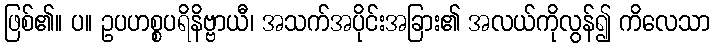
ဖြစ်၏။ ပ။ ဥပဟစ္စပရိနိဗ္ဗာယီ၊ အသက်အပိုင်းအခြား၏ အလယ်ကိုလွန်၍ ကိလေသာ